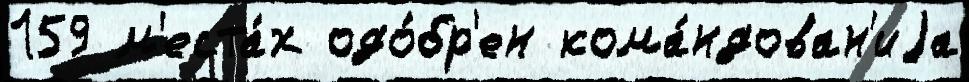
159 м'еста́х одо́бр'ен кома́ндован'иjа